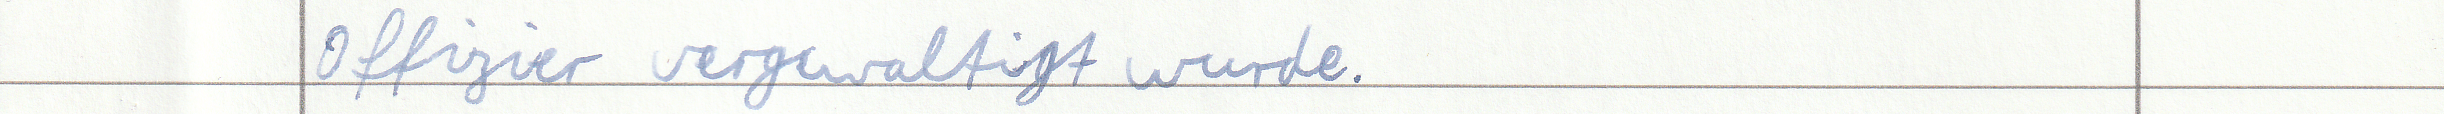
Offizier vergewaltigt wurde.